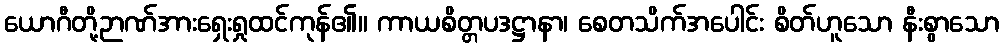
ယောဂီတို့ဉာဏ်အားရှေးရှုထင်ကုန်၏။ ကာယစိတ္တပဒဋ္ဌာနာ၊ စေတသိက်အပေါင်း စိတ်ဟူသော နီးစွာသော